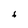
Character: 6